Indian journal of veterinary science and animal husbandry - Volumes 15-17, 1948-1951
Year: 1948
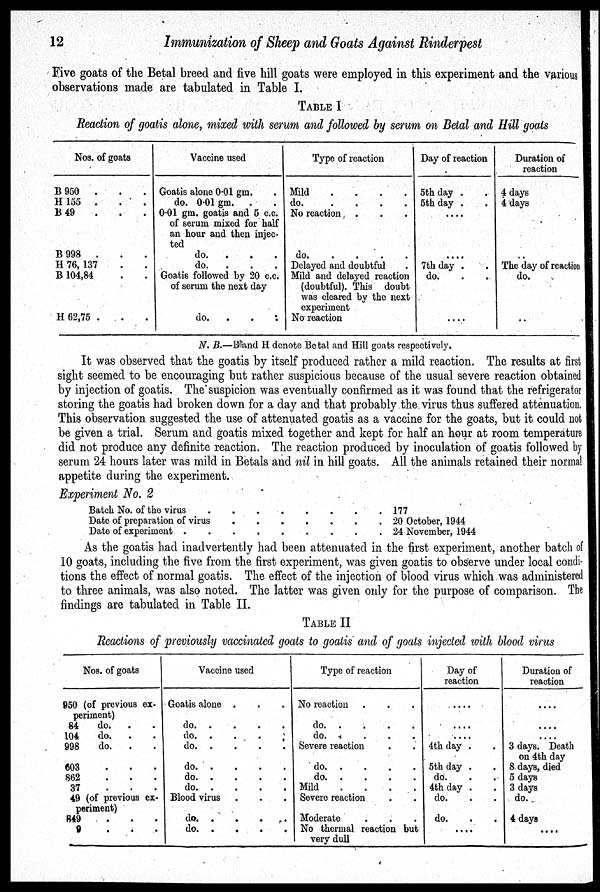
12
Immunization of Sheep and Goats Against Rinderpest
Five goats of the Betal breed and five hill goats were employed in this experiment and the various
observations made are tabulated in Table I.
TABLE I
Reaction of goatis alone, mixed with serum and followed by serum on Betal and Hill goats
Nos. of goats
B 950 . . .
H 155 . . .
B 49 . . .
B 998 . . .
H 76, 137 . .
B 104,84 . .
H 62,75 . . .
Vaccine used
Goatis alone 0.01 gm. .
do. 0.01 gm. . .
0.01 gm. goatis and 5 c.c.
of serum mixed for half
an hour and then injec-
ted
do. . . .
do.
. . .
Goatis followed by 20 c.c.
of serum the next day
do.
. . .
Type of reaction
Mild
.
.
.
.
do.
.
.
.
.
No reaction . . .
do.
.
.
.
.
Delayed and doubtful .
Mild and delayed reaction
(doubtful). This doubt
was cleared by the next
experiment
No reaction
Day of reaction
5th day . .
5th day . .
....
....
7th day . .
do. . .
....
Duration of
reaction
4 days
4 days
..
The day of reaction
do.
..
N. B.—B and H denote Betal and Hill goats respectively.
It was observed that the goatis by itself produced rather a mild reaction. The results at first
sight seemed to be encouraging but rather suspicious because of the usual severe reaction obtained
by injection of goatis. The suspicion was eventually confirmed as it was found that the refrigerator
storing the goatis had broken down for a day and that probably the virus thus suffered attenuation.
This observation suggested the use of attenuated goatis as a vaccine for the goats, but it could not
be given a trial. Serum and goatis mixed together and kept for half an hour at room temperature
did not produce any definite reaction. The reaction produced by inoculation of goatis followed by
serum 24 hours later was mild in Betals and nil in hill goats. All the animals retained their normal
appetite during the experiment.
Experiment No. 2
Batch No. of the virus . . . . . . . .
Date of preparation of virus . . . . . . .
Date of experiment . . . . . . . .
177
20 October, 1944
24 November, 1944
As the goatis had inadvertently had been attenuated in the first experiment, another batch of
10 goats, including the five from the first experiment, was given goatis to observe under local condi-
tions the effect of normal goatis. The effect of the injection of blood virus which was administered
to three animals, was also noted. The latter was given only for the purpose of comparison. The
findings are tabulated in Table II.
TABLE II
Reactions of previously vaccinated goats to goatis and of goats injected with blood virus
Nos. of goats
950 (of previous ex-
periment)
84
do.
. .
104
do. . .
998
do. . .
603 . . .
862
.
.
.
37
.
.
.
49 (of previous ex-
periment)
849
.
.
.
9 . . .
Vaccine used
Goatis alone . . .
do.
.
.
.
.
do. . . . .
do.
.
.
.
.
do.
.
.
.
.
do.
.
.
.
.
do.
.
.
.
.
Blood virus
do.
.
.
.
.
do. . . . .
Type of reaction
No reaction . . .
do.
.
.
.
.
do.
.
.
.
.
Severe reaction . .
do.
.
.
.
.
do.
.
.
.
.
Mild
.
.
.
.
Severe reaction
Moderate . . .
No thermal reaction but
very dull
Day of
reaction
....
....
....
4th day . .
5th day . .
do. . .
4th day . .
do.
do. . .
....
Duration of
reaction
....
....
....
3 days. Death
on 4th day
8 days, died
5 days
3 days
do.
4 days
....